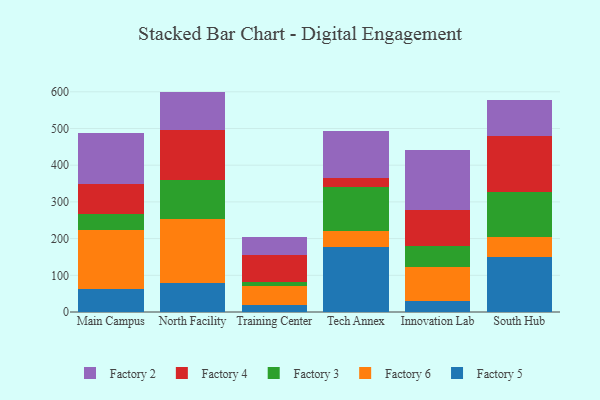
{"axis": {"x": "Campus", "y": "Shipments"}, "legend": ["Factory 2", "Factory 3", "Factory 4", "Factory 5", "Factory 6"], "data": [{"x": "Main Campus", "y": 61.6, "type": "Factory 5"}, {"x": "Main Campus", "y": 161.3, "type": "Factory 6"}, {"x": "Main Campus", "y": 44.6, "type": "Factory 3"}, {"x": "Main Campus", "y": 81.3, "type": "Factory 4"}, {"x": "Main Campus", "y": 139.8, "type": "Factory 2"}, {"x": "North Facility", "y": 78.9, "type": "Factory 5"}, {"x": "North Facility", "y": 175.8, "type": "Factory 6"}, {"x": "North Facility", "y": 105.3, "type": "Factory 3"}, {"x": "North Facility", "y": 135.8, "type": "Factory 4"}, {"x": "North Facility", "y": 104.7, "type": "Factory 2"}, {"x": "Training Center", "y": 20.3, "type": "Factory 5"}, {"x": "Training Center", "y": 49.6, "type": "Factory 6"}, {"x": "Training Center", "y": 13.0, "type": "Factory 3"}, {"x": "Training Center", "y": 73.0, "type": "Factory 4"}, {"x": "Training Center", "y": 48.0, "type": "Factory 2"}, {"x": "Tech Annex", "y": 178.0, "type": "Factory 5"}, {"x": "Tech Annex", "y": 42.6, "type": "Factory 6"}, {"x": "Tech Annex", "y": 120.3, "type": "Factory 3"}, {"x": "Tech Annex", "y": 23.1, "type": "Factory 4"}, {"x": "Tech Annex", "y": 128.9, "type": "Factory 2"}, {"x": "Innovation Lab", "y": 31.0, "type": "Factory 5"}, {"x": "Innovation Lab", "y": 91.8, "type": "Factory 6"}, {"x": "Innovation Lab", "y": 56.5, "type": "Factory 3"}, {"x": "Innovation Lab", "y": 99.0, "type": "Factory 4"}, {"x": "Innovation Lab", "y": 163.1, "type": "Factory 2"}, {"x": "South Hub", "y": 149.3, "type": "Factory 5"}, {"x": "South Hub", "y": 54.4, "type": "Factory 6"}, {"x": "South Hub", "y": 122.5, "type": "Factory 3"}, {"x": "South Hub", "y": 154.3, "type": "Factory 4"}, {"x": "South Hub", "y": 96.0, "type": "Factory 2"}]}